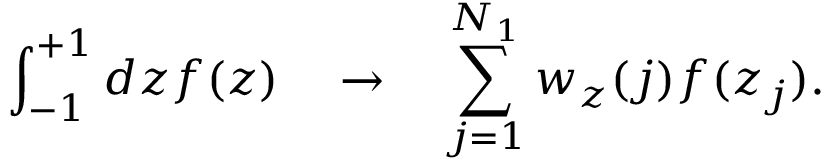
\int _ { - 1 } ^ { + 1 } d z f ( z ) \quad \rightarrow \quad \sum _ { j = 1 } ^ { N _ { 1 } } w _ { z } ( j ) f ( z _ { j } ) .